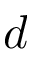
d